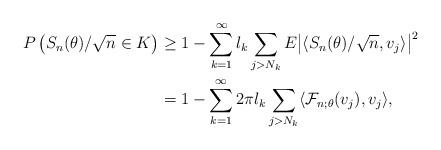
LaTeX: \begin{align*}P \left(S_n(\theta)/\sqrt{n} \in K \right) &\geq 1- \sum_{k=1}^{\infty} l_k \sum_{j>N_k} E\big\vert\langle S_{n}(\theta)/\sqrt{n},v_j \rangle\big\vert^2 \\&= 1- \sum_{k=1}^{\infty} 2\pi l_k \sum_{j>N_k} \langle \mathcal{F}_{n;\theta}(v_j),v_j \rangle,\end{align*}